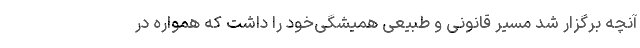
آنچه برگزار شد مسیر قانونی و طبیعی همیشگی‌خود را داشت که همواره در